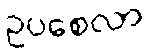
ဥပစေလာ